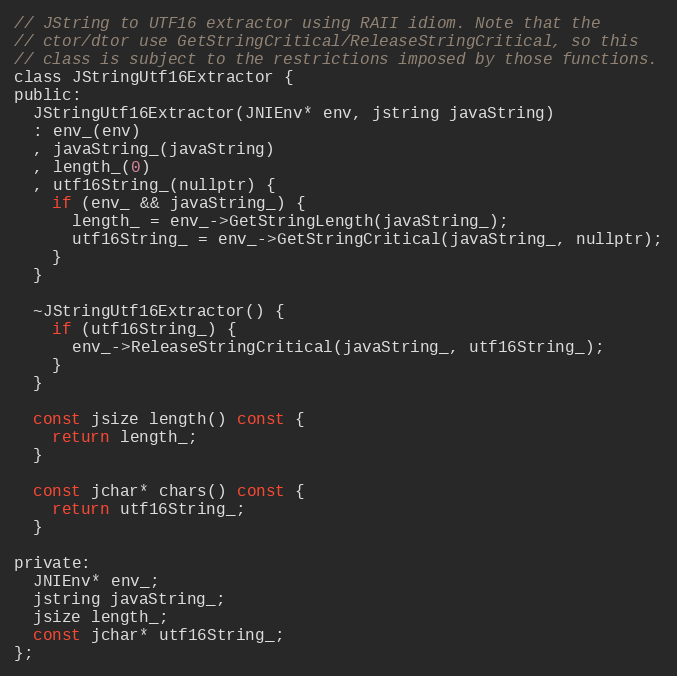
Language: C
// JString to UTF16 extractor using RAII idiom. Note that the
// ctor/dtor use GetStringCritical/ReleaseStringCritical, so this
// class is subject to the restrictions imposed by those functions.
class JStringUtf16Extractor {
public:
  JStringUtf16Extractor(JNIEnv* env, jstring javaString)
  : env_(env)
  , javaString_(javaString)
  , length_(0)
  , utf16String_(nullptr) {
    if (env_ && javaString_) {
      length_ = env_->GetStringLength(javaString_);
      utf16String_ = env_->GetStringCritical(javaString_, nullptr);
    }
  }

  ~JStringUtf16Extractor() {
    if (utf16String_) {
      env_->ReleaseStringCritical(javaString_, utf16String_);
    }
  }

  const jsize length() const {
    return length_;
  }

  const jchar* chars() const {
    return utf16String_;
  }

private:
  JNIEnv* env_;
  jstring javaString_;
  jsize length_;
  const jchar* utf16String_;
};